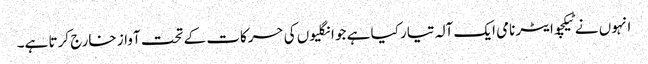
انہوں نے ٹیکچوایٹر نامی ایک آلہ تیار کیا ہے جو انگلیوں کی حرکات کے تحت آواز خارج کرتا ہے۔